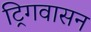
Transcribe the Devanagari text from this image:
ट्रिगवासन